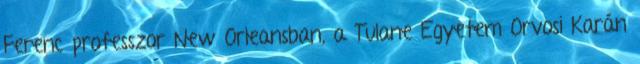
Ferenc professzor New Orleansban, a Tulane Egyetem Orvosi Karán